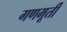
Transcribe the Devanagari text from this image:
गणमूर्ती